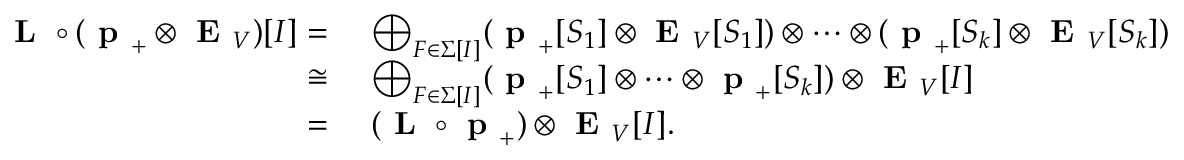
\begin{array} { r l } { \textbf { L } \boldsymbol { \circ } ( \textbf { p } _ { + } \otimes \textbf { E } _ { V } ) [ I ] = } & { \ \bigoplus _ { F \in \Sigma [ I ] } ( \textbf { p } _ { + } [ S _ { 1 } ] \otimes \textbf { E } _ { V } [ S _ { 1 } ] ) \otimes \dots \otimes ( \textbf { p } _ { + } [ S _ { k } ] \otimes \textbf { E } _ { V } [ S _ { k } ] ) } \\ { \cong } & { \ \bigoplus _ { F \in \Sigma [ I ] } ( \textbf { p } _ { + } [ S _ { 1 } ] \otimes \dots \otimes \textbf { p } _ { + } [ S _ { k } ] ) \otimes \textbf { E } _ { V } [ I ] } \\ { = } & { \ ( \textbf { L } \boldsymbol { \circ } \textbf { p } _ { + } ) \otimes \textbf { E } _ { V } [ I ] . } \end{array}